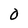
Character: O